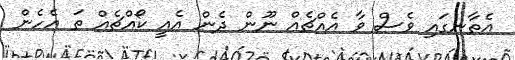
އެތާނގައި ވެސް ވާ އެއްޗެއް ނޫން ދެން އެއީ ކޯއްޗެއް ތަ އެހެން